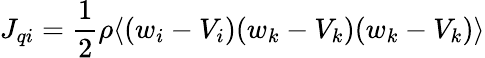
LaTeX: J_{qi}={\frac{1}{2}}\rho\langle(w_{i}-V_{i})(w_{k}-V_{k})(w_{k}-V_{k})\rangle